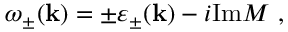
\omega _ { \pm } ( { \bf k } ) = \pm \varepsilon _ { \pm } ( { \bf k } ) - i \mathrm { I m } { \cal M } \ ,